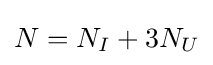
N=N_{I}+3N_{U}